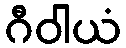
ဂီဝါယံ